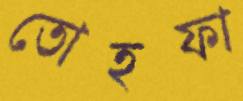
তোহফা